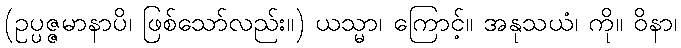
(ဥပ္ပဇ္ဇမာနာပိ၊ ဖြစ်သော်လည်း။) ယသ္မာ၊ ကြောင့်။ အနုသယံ၊ ကို။ ဝိနာ၊